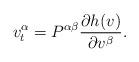
LaTeX: \begin{align*}v^\alpha_t = P^{\alpha\beta} \frac{\partial h(v)}{\partial v^\beta}.\end{align*}